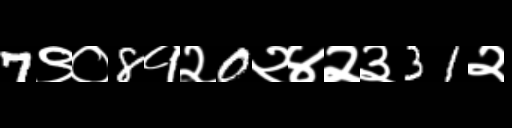
Text: 7९०8१२0२४२३31२